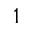
^ { 1 }